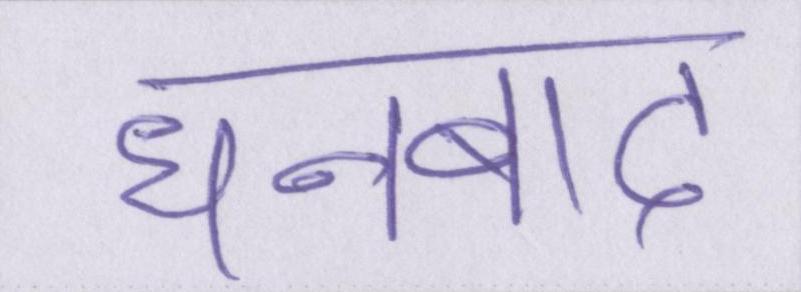
धनबाद